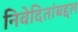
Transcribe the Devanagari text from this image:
निवेदितांबद्दल